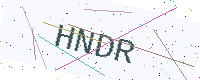
Text: HNDR